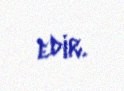
edir.